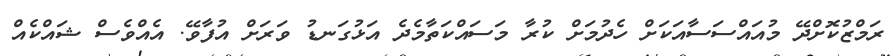
ރަމްޒުކޮށްދޭ މުއައްސަސާއަކަށް ހެދުމަށް ކުރާ މަސައްކަތާމެދެ އަޅުގަނޑު ވަރަށް އުފާވޭ. އެއްވެސް ޝައްކެއް